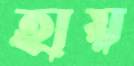
হায়